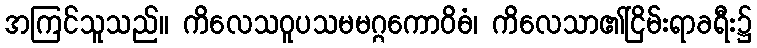
အကြင်သူသည်။ ကိလေသဝူပသမမဂ္ဂကောဝိဓံ၊ ကိလေသာ၏ငြိမ်းရာခရီး၌